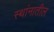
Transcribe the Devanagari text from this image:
स्थांनातील